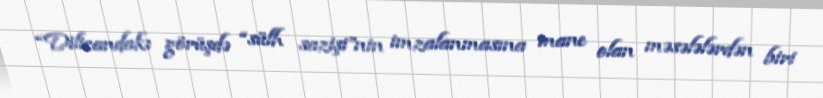
“Dilicandakı görüşdə “sülh sazişi”nin imzalanmasına mane olan məsələlərdən biri